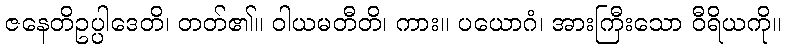
ဇနေတိဥပ္ပါဒေတိ၊ တတ်၏။ ဝါယမတီတိ၊ ကား။ ပယောဂံ၊ အားကြီးသော ဝီရိယကို။